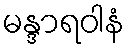
မန္ဒာရဝါနံ